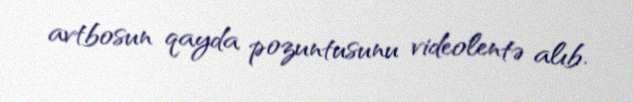
avtbosun qayda pozuntusunu videolentə alıb.